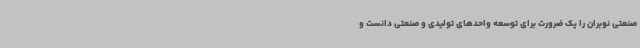
صنعتی نوبران را یک ضرورت برای توسعه واحدهای تولیدی و صنعتی دانست و